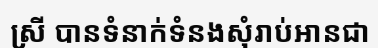
ស្រី បានទំនាក់ទំនងសុំរាប់អានជា